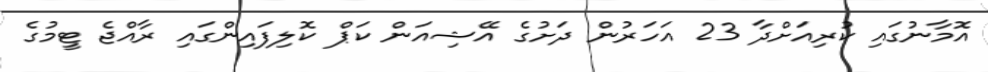
އޮމާނުގައި ކުރިއަށްދާ 23 އަހަރުން ދަށުގެ އޭޝިއަން ކަޕް ކޮލިފައިންގައި ރާއްޖެ ޓީމުގެ